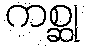
ကစ္ဆု